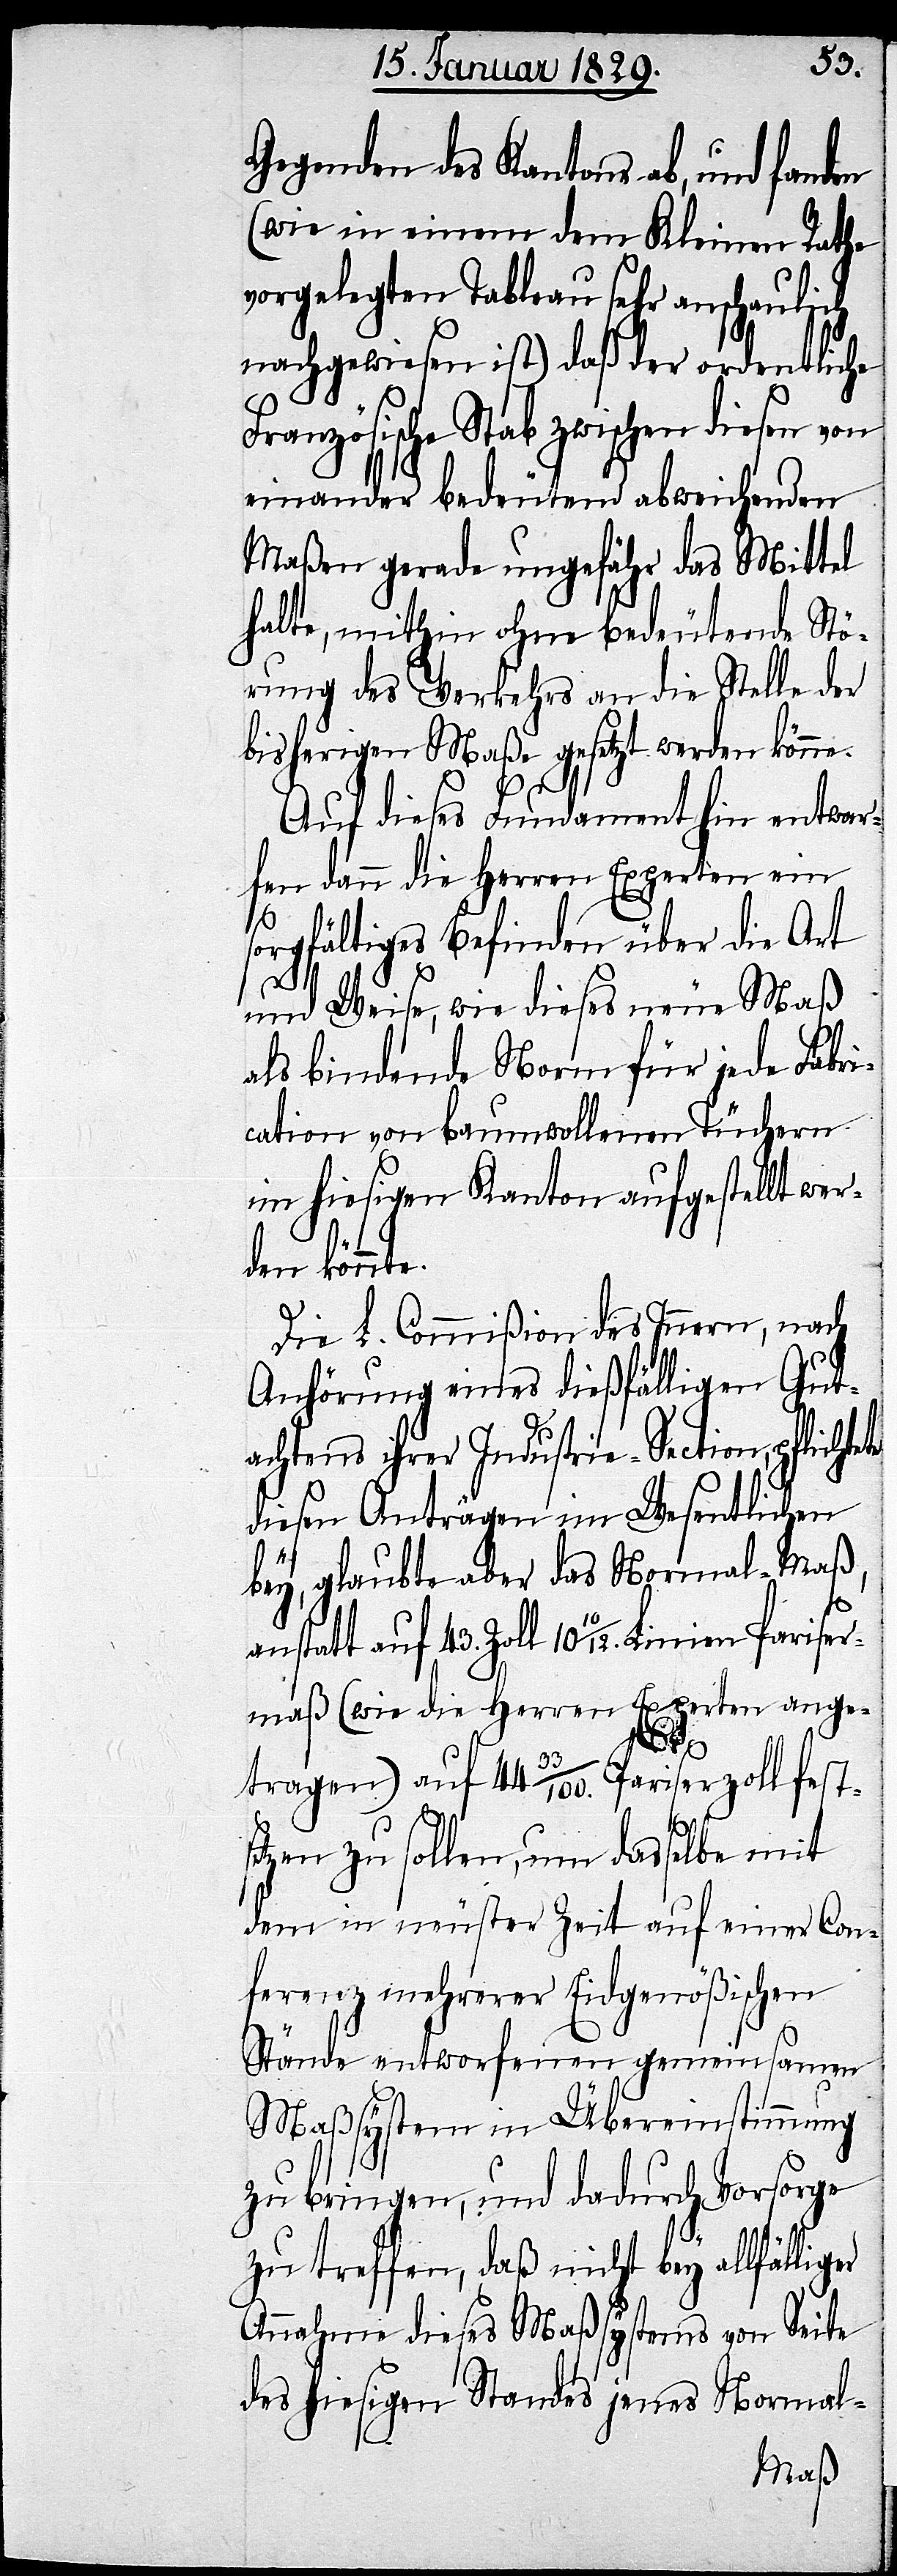
Gegenden des Kantons ab, und fanden
(wie in einem dem Kleinen Rathe
vorgelegten Tableau sehr anschaulich
nachgewiesen ist) daß der ordentliche
ranzösische Stab zwischen diesen von
einander bedeutend abweichenden
Maßen gerade ungefähr das Mittel
halte, mithin ohne bedeutende Stö¬
rung des Verkehrs an die Stelle der
bisherigen Maße gesetzt werden könne.
Auf dieses Fundament hin entwar¬
fen dann die Herren Experten ein
sorgfältiges Befinden über die Art
und Weise, wie dieses neue Maß
als bindende Norm für jede Fabri¬
cation von baumwollenen Tüchern
im hiesigen Kanton aufgestellt wer¬
den könnte.
Die L. Commißion des Innern, nach
Anhörung eines dießfälligen Gut¬
achtens ihrer Industrie-Section, pflicht¬
diesen Anträgen im Wesentlichen
bey, glaubte aber das Normal-Maß,
anstatt auf 43. Zoll 1010/12. Linien
maß (wie die Herren Experten ange¬
liger
tragen) auf 4433/100. Pariserzoll fest¬
setzen zu sollen, um dasselbe mit
dem in neuster Zeit auf einer Con¬
ferenz mehrerer Eidgenößischen
Stände entworfenen gemeinsamen
Maßsystem in Übereinstimmung
zu bringen, und dadurch Vorsorge
zu treffen, daß nicht bey allfäl¬
Annahme dieses Maßsystems von Seite
des hiesigen Standes jenes Normal-